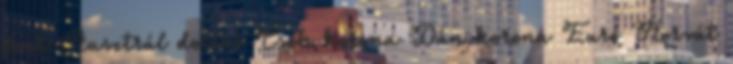
font Ausztrál dollár Cseh korona Dán korona Euró Horvát